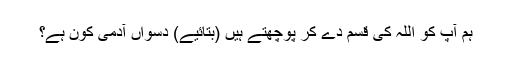
ہم آپ کو اللہ کی قسم دے کر پوچھتے ہیں (بتائیے) دسواں آدمی کون ہے؟